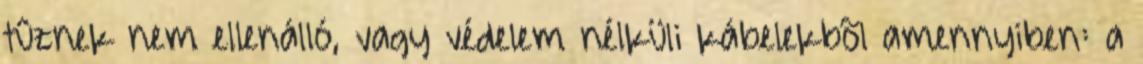
tûznek nem ellenálló, vagy védelem nélküli kábelekbõl amennyiben: a